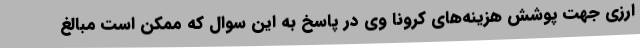
ارزی جهت پوشش هزینه‌های کرونا وی در پاسخ به این سوال که ممکن است مبالغ